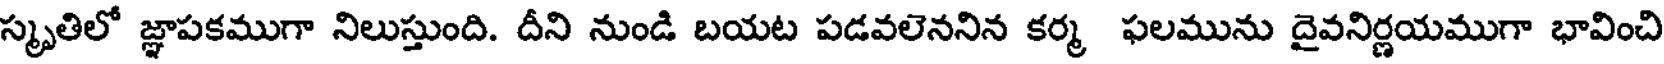
స్మృతిలో జ్ఞాపకముగా నిలుస్తుంది. దీని నుండి బయట పడవలెననిన కర్మ ఫలమును దైవనిర్ణయముగా భావించి